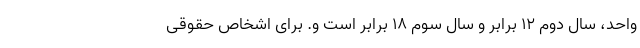
واحد، سال دوم ۱۲ برابر و سال سوم ۱۸ برابر است و. برای اشخاص حقوقی